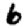
Digit: 6